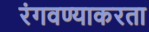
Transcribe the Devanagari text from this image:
रंगवण्याकरता